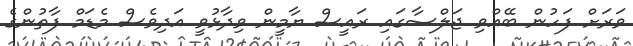
ވަރަށް ފަހުން ބޭއްވި ޖަލްސާގައި ރައީސް ޔާމީން ވިދާޅުވީ އަދިވެސް މެޑަމް ފާތުންގެ